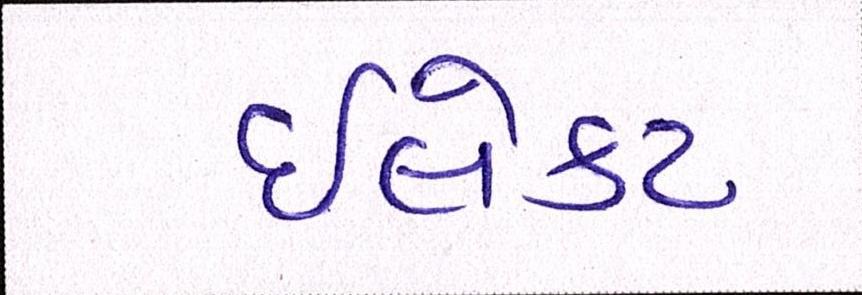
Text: ઈલેક્ટ